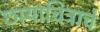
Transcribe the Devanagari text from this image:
छायाचित्राचे